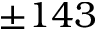
\pm 1 4 3